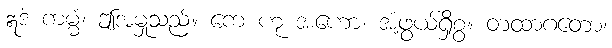
ဣဒံ ကမ္မံ၊ ဤအမှုသည်။ ကေ ဟု အဟော၊ အံ့ဖွယ်ရှိစွ။ တထာဂတော၊